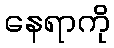
နေရာကို